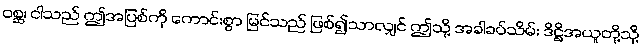
ဝစ္ဆ၊ ငါသည် ဤအပြစ်ကို ကောင်းစွာ မြင်သည် ဖြစ်၍သာလျှင် ဤသို့ အခါခပ်သိမ်း ဒိဋ္ဌိအယူတို့သို့